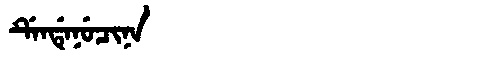
Manchu: ᡩᡝᠨᡩᡝᠨᡠᠴᡳᠨᠠ
Romanization: DENDENUCINA